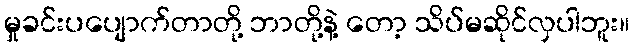
မှုခင်းပပျောက်တာတို့ ဘာတို့နဲ့ တော့ သိပ်မဆိုင်လှပါဘူး။